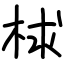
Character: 梂